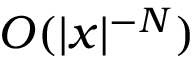
O ( | x | ^ { - N } )